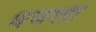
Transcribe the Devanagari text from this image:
धजली